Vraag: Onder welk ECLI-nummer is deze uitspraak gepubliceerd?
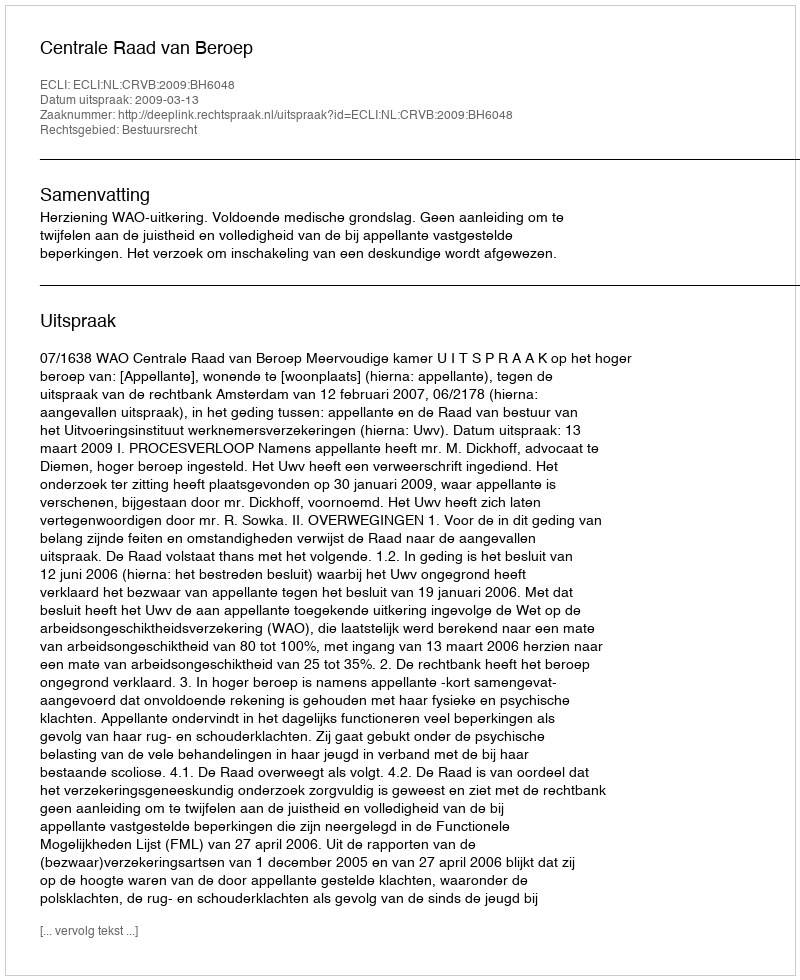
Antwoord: ECLI:NL:CRVB:2009:BH6048